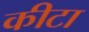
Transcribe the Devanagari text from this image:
कीटा